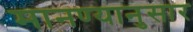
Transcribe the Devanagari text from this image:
मानण्यानुसार